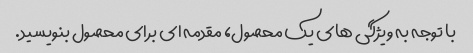
با توجه به ویژگی های یک محصول، مقدمه ای برای محصول بنویسید.